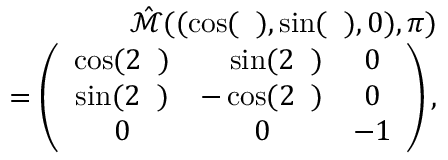
\begin{array} { r l r } & { } & { \hat { \mathcal { M } } ( ( \cos ( { \it \Delta \phi } ) , \sin ( { \it \Delta \phi } ) , 0 ) , \pi ) } \\ & { } & { = \left( \begin{array} { c c c } { \cos ( 2 { \it \Delta \phi } ) } & { \ \ \ \sin ( 2 { \it \Delta \phi } ) } & { 0 } \\ { \sin ( 2 { \it \Delta \phi } ) } & { - \cos ( 2 { \it \Delta \phi } ) } & { 0 } \\ { 0 } & { 0 } & { - 1 } \end{array} \right) , } \end{array}